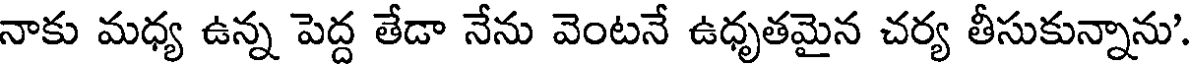
నాకు మధ్య ఉన్న పెద్ద తేడా నేను వెంటనే ఉధృతమైన చర్య తీసుకున్నాను.